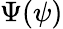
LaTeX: \Psi(\psi)